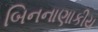
બિનનાણાકીય